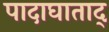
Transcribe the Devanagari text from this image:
पादाघाताद्